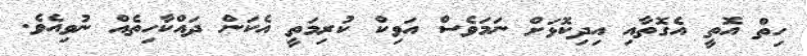
ހިތް އޮތީ އެގޮތާއި އިދިކޮޅަށް ނަމަވެސް އަވިކް ކުރިމަތީ އެކަން ދައްކާހިތެއް ނުވިއެވެ.